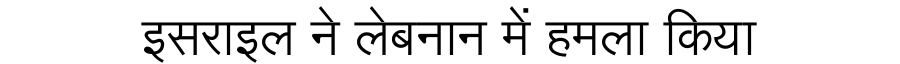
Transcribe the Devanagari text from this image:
इसराइल ने लेबनान में हमला किया